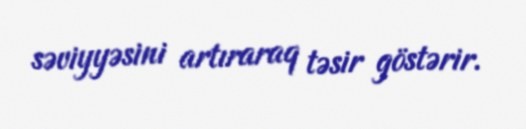
səviyyəsini artıraraq təsir göstərir.